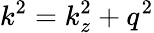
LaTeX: k^{2}=k_{z}^{2}+q^{2}